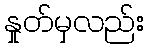
နှုတ်မှလည်း